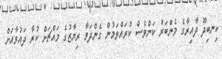
ކިނބިދޫ ދާއިރާގެ މެންބަރު ކަންވެސް ކުރައްވަމުން ގެންދަވާ ރިޔާޒުގެ މައްޗަށް ކުރާ ދައުވާއަށް